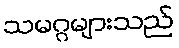
သမဂ္ဂများသည်